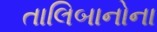
તાલિબાનોના